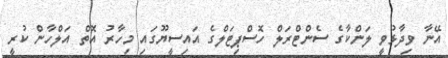
އޭނާ ވިދާޅުވީ ލަންކާގެ ސެންޓްރަލް ހޮސްޕިޓަލްގެ އައިސީޔޫގައި މިހާރު އޮތް އަލްހާންެ ކުރީ